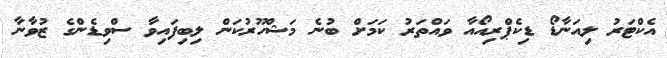
އެކްޓަރު ލިއަނާޑޯ ޑިކެޕްރިއޯއާ ވައްތަރު ކަމަށް ބުނެ މަޝްހޫރުކަން ލިބިފައިވާ ސްވިޑެންގެ ޒުވާނާ